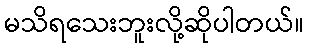
မသိရသေးဘူးလို့ဆိုပါတယ်။